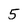
Character: 5